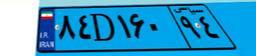
۸۰D۷۴۹۹۰